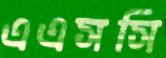
এএসসি